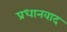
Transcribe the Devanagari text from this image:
प्रधानवाद